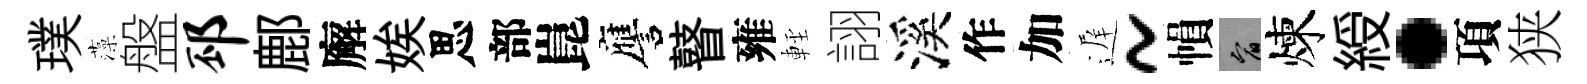
璞藻盤邳鄜廨娭思部崑譍瞽雍䡖詡溪作加遅~𢄙宥煉綬·項狭